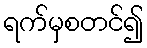
ရက်မှစတင်၍